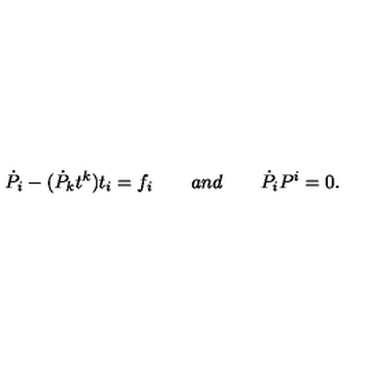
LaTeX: { \dot { P } } _ { i } - ( { \dot { P } } _ { k } t ^ { k } ) t _ { i } = f _ { i } \qquad a n d \qquad { \dot { P } } _ { i } { P } ^ { i } = 0 .